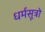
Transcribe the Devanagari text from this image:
धर्मसूत्रो